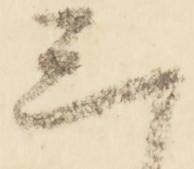
三